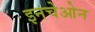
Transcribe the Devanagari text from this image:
इनचेओन